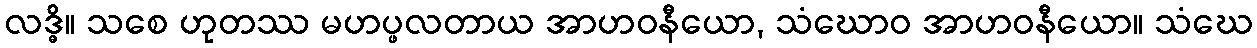
လဒ္ဓိ။ သစေ ဟုတဿ မဟပ္ဖလတာယ အာဟဝနီယော, သံဃောဝ အာဟဝနီယော။ သံဃေ